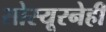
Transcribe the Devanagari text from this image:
सोस्यूरनेही